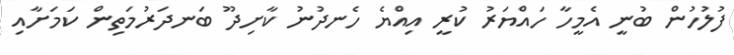
ފުލުހުން ބުނީ އެމީހާ ހައްޔަރު ކުރީ އިއްޔެ ހެނދުނު ކާށިދޫ ބަނދަރުމަތިން ކަމަށާއި